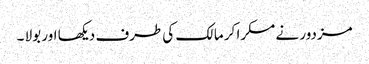
مزدور نے مسکرا کر مالک کی طرف دیکھا اور بولا ۔